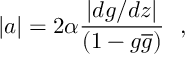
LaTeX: | a | = 2 \alpha \frac { \left| d g / d z \right| } { ( 1 - g \overline { { { g } } } ) } ~ ~ ,